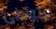
متواطئ